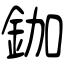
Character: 鉫